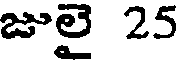
జులై 25